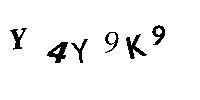
Y4Y9K9